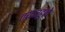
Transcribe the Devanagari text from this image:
तयारहुने